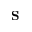
\mathbf { S }